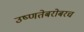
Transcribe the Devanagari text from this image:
उष्णतेबरोबरच